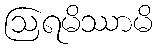
ဩရမိဿာမိ